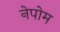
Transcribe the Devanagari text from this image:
नेपोम